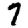
Digit: 7